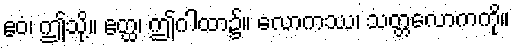
ဧဝံ၊ ဤသို့။ ဧတ္ထ၊ ဤဂါထာ၌။ လောကဿ၊ သတ္တလောကကို။